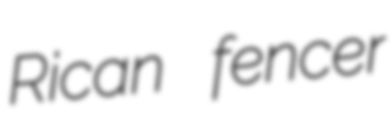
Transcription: Rican fencer